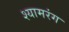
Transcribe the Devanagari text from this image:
श्यामरंग